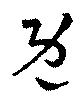
既